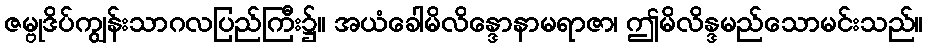
ဇမ္ဗုဒိပ်ကျွန်းသာဂလပြည်ကြီး၌။ အယံခေါမိလိန္ဒောနာမရာဇာ၊ ဤမိလိန္ဒမည်သောမင်းသည်။